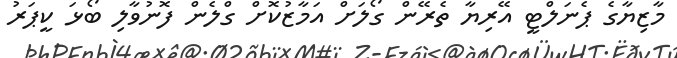
މާޒިޔާގެ ޕެނަލްޓީ އޭރިޔާ ތެރޭން ގޯލަށް އަމާޒުކޮށް ގްލެން ފޮނުވާލި ބޯޅަ ކީޕަރު